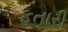
ફતારી